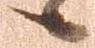
候